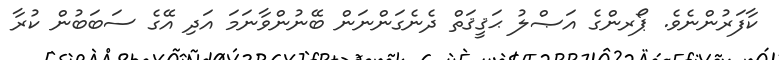
ކާފަރުންނެވެ. ޕޯރންގެ އަޞްލު ޙަޤީޤަތް ދެނެގަންނަން ބޭނުންވާނަމަ އަދި އޭގެ ސަބަބުން ކުރާ